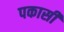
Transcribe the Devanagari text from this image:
पकासी